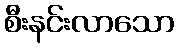
စီးနင်းလာသော